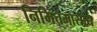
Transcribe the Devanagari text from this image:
निमित्तमासाद्य